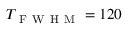
T _ { \mathrm { ~ F ~ W ~ H ~ M ~ } } = 1 2 0